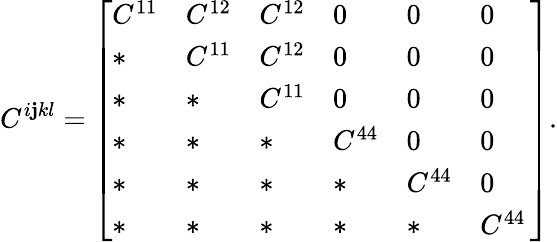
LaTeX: C^{i\mathbf{j}kl}=\left[\begin{array}{llllll}{C^{11}}&{C^{12}}&{C^{12}}&{0}&{0}&{0}\\ {*}&{C^{11}}&{C^{12}}&{0}&{0}&{0}\\ {*}&{*}&{C^{11}}&{0}&{0}&{0}\\ {*}&{*}&{*}&{C^{44}}&{0}&{0}\\ {*}&{*}&{*}&{*}&{C^{44}}&{0}\\ {*}&{*}&{*}&{*}&{*}&{C^{44}\, }\end{array}\right].